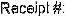
RACEJPT #: